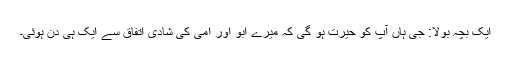
ایک بچہ بولا: جی ہاں آپ کو حیرت ہو گی کہ میرے ابو اور امی کی شادی اتفاق سے ایک ہی دن ہوئی۔